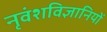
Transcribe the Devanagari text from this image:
नृवंशविज्ञानियों